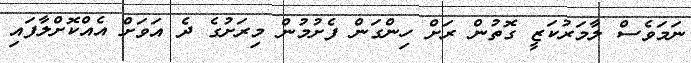
ނަމަވެސް ލާމަރުކަޒީ ގޮތުން ރަށް ހިންގަން ފެށުމުން މިރަށުގެ ދެ އަވަށް އެއްކޮށްލާފައި